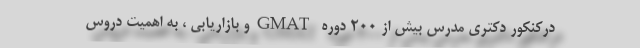
درکنکور دکتری مدرس بیش از 200 دوره GMATو بازاریابی ، به اهمیت دروس